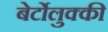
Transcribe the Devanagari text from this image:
बेर्टोलुक्की